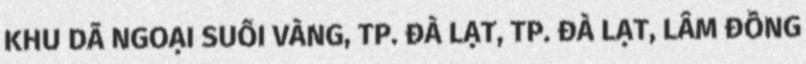
KHU DÃ NGOẠI SUỐI VÀNG, TP. ĐÀ LẠT, TP. ĐÀ LẠT, LÂM ĐỒNG